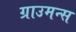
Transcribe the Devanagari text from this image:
ग्राउमन्स